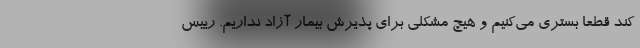
کند قطعا بستری می‌کنیم و هیچ مشکلی برای پذیرش بیمار آزاد نداریم. رییس